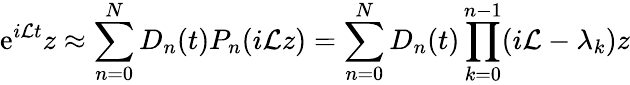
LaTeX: \mathrm{e}^{i\mathcal{{L}}t}z\approx\sum_{n=0}^{N}D_{n}(t)P_{n}(i\mathcal{{L}}z)=\sum_{n=0}^{N}D_{n}(t)\prod_{k=0}^{n-1}(i\mathcal{{L}}-\lambda_{k})z